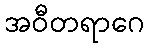
အဝီတရာဂေ